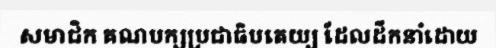
សមាជិក គណបក្សប្រជាធិបតេយ្យ ដែលដឹកនាំដោយ